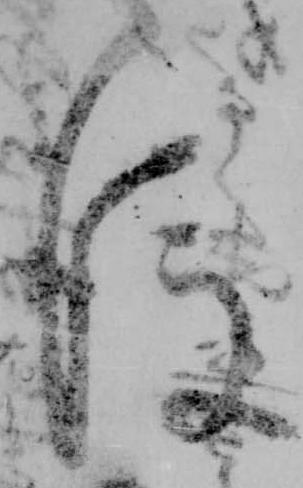
後